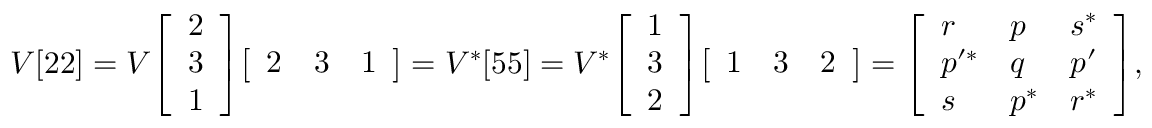
V [ 2 2 ] = V { \left[ \begin{array} { l } { 2 } \\ { 3 } \\ { 1 } \end{array} \right] } { \left[ \begin{array} { l l l } { 2 } & { 3 } & { 1 } \end{array} \right] } = V ^ { * } [ 5 5 ] = V ^ { * } { \left[ \begin{array} { l } { 1 } \\ { 3 } \\ { 2 } \end{array} \right] } { \left[ \begin{array} { l l l } { 1 } & { 3 } & { 2 } \end{array} \right] } = { \left[ \begin{array} { l l l } { r } & { p } & { s ^ { * } } \\ { p ^ { \prime * } } & { q } & { p ^ { \prime } } \\ { s } & { p ^ { * } } & { r ^ { * } } \end{array} \right] } ,